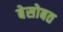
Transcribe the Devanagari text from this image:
बेसोबत